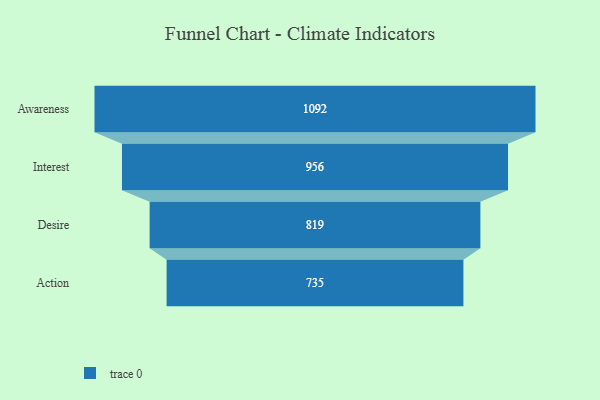
{"axis": {"x": "Stage", "y": "Value"}, "legend": [""], "data": [{"x": "Awareness", "y": 1092.0, "type": ""}, {"x": "Interest", "y": 956.0, "type": ""}, {"x": "Desire", "y": 819.0, "type": ""}, {"x": "Action", "y": 735.0, "type": ""}]}